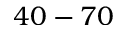
4 0 - 7 0